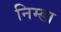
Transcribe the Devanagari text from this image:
निम्डा